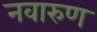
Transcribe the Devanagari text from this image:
नवारुण